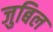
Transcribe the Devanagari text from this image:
जुबिल